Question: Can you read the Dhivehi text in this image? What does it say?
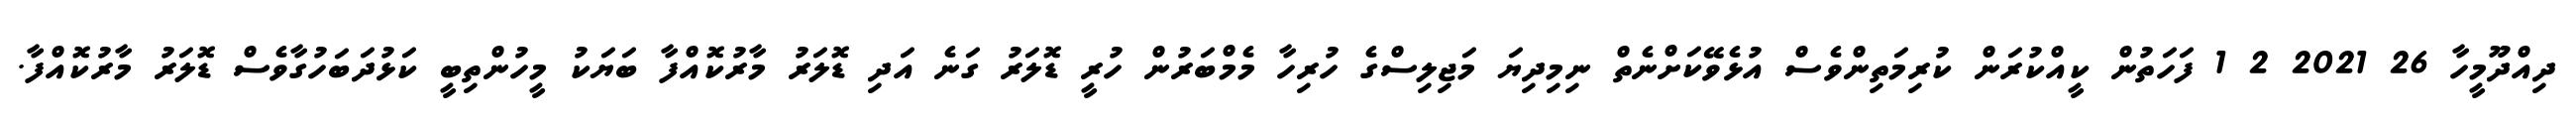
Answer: ދިއްދޫމީހާ 26 2021 2 1 ފަހަތުން ކީއްކުރަން ކުރިމަތިންވެސް އުޅެވޭކަށްނެތް ނިމިދިޔަ މަޖިލިސްގެ ހުރިހާ މެމްބަރުން ހުރީ ޑޮލަރު ގަނެ އަދި ޑޮލަރު މާރުކޮއްފާ ބަޔަކު މީހުންތިބީ ކަޅުދަބަހުގާވެސް ޑޮލަރު މާރުކޮއްފާ.